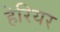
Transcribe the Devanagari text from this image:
हेरियर